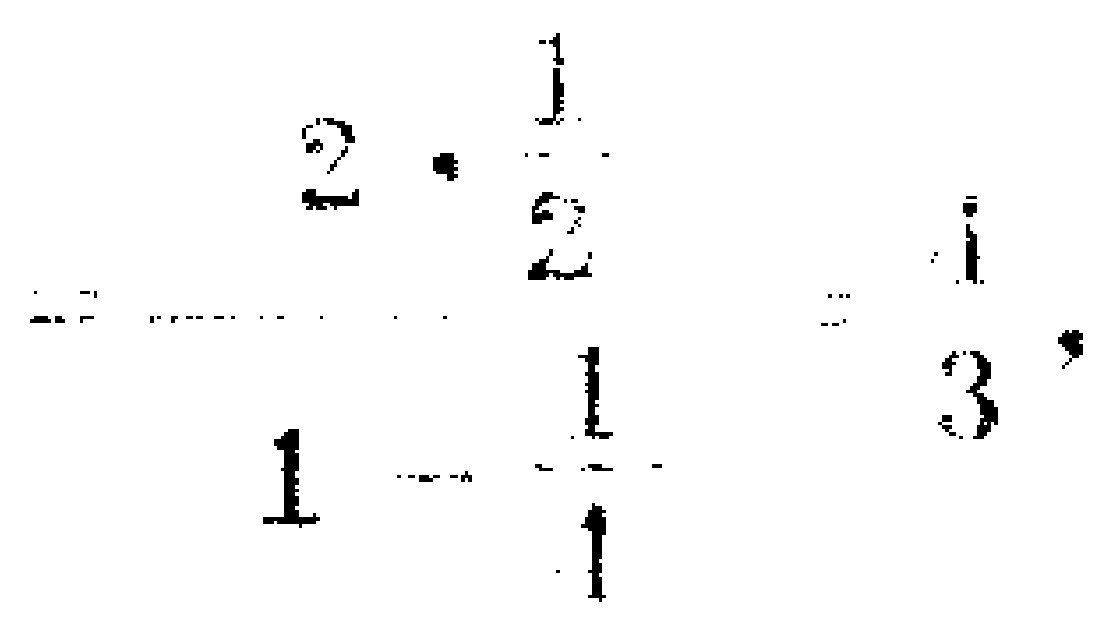
\(2\cdot\frac{1}{2}\)
\(=1-\frac{1}{1}\)
\(=\frac{1}{3}\)